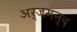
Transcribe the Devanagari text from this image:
अर्जमन्द